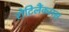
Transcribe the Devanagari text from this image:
रोटिलैंकलस